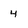
Character: 4